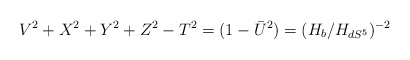
\begin{align*}V^2+X^2+Y^2+Z^2-T^2=(1-\bar U^2)=(H_b/H_{dS^5})^{-2}\end{align*}